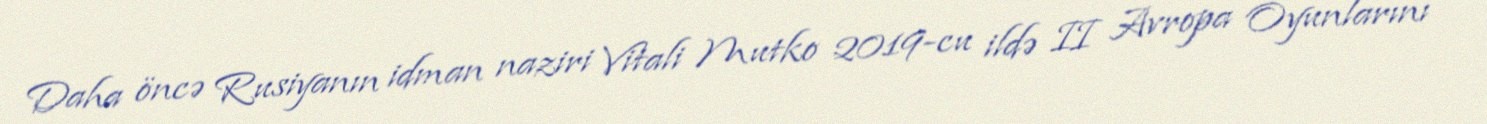
Daha öncə Rusiyanın idman naziri Vitali Mutko 2019-cu ildə II Avropa Oyunlarını